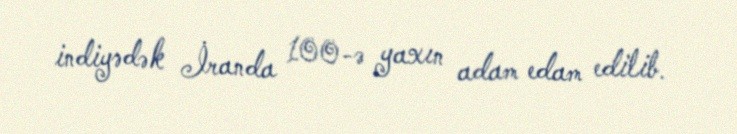
indiyədək İranda 100-ə yaxın adam edam edilib.